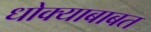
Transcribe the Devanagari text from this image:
धोक्याबाबत